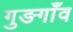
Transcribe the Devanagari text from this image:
गुङगाँव